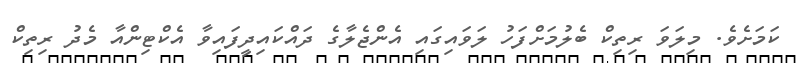
ކަމަށެވެ. މިލަވަ ރިތިކް ބެލުމަށްފަހު ލަވައިގައި އެންޖެލާގެ ދައްކައިދީފައިވާ އެކްޓިންއާ މެދު ރިތިކް